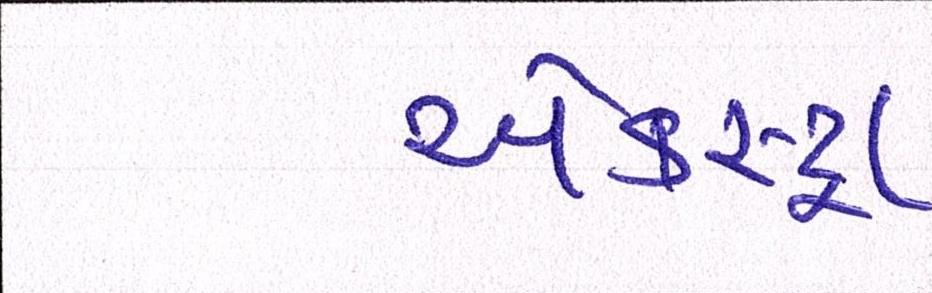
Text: એકસ્ટ્રા